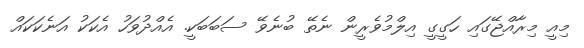
މިއީ މިރާއްޖޭގައި ހަގީގީ އިލްމުވެރީން ނެތޭ ބުނެވޭ ސަބަބަކީ. އެއްދުވަހު އެކަކު އަނެކަކައް